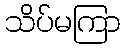
သိပ်မကြာ